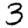
Digit: 3